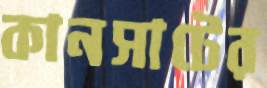
কানসাটের